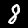
Digit: 8